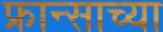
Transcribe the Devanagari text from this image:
फ्रान्साच्या